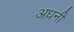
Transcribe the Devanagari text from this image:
अधनी